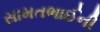
સામતભાઈની